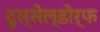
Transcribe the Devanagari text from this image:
दुस्सेल्डोर्फ